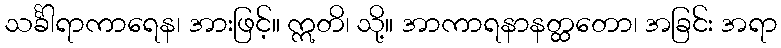
သင်္ခါရာကာရေန၊ အားဖြင့်။ ဣတိ၊ သို့။ အာကာရနာနတ္ထတော၊ အခြင်း အရာ